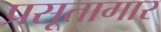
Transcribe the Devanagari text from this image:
प्रसूतागार